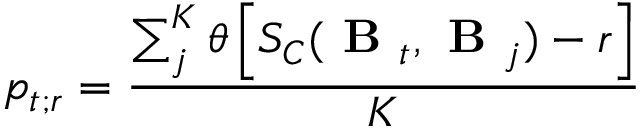
p _ { t ; r } = \frac { \sum _ { j } ^ { K } \theta \left[ S _ { C } ( \textbf { B } _ { t } , \textbf { B } _ { j } ) - r \right] } { K }